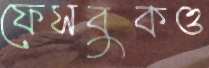
ফেসবুকও